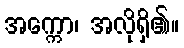
အက္ကော၊ အလိုရှိ၏။